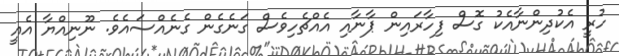
ހުރީ އެކުދިންނާއެކު ގޮސް ފިހާރައިން ޕާނާއި އެއްޗެހިވެސް ގަނެގެން ގެނެއްސައެވެ. ނޫނިއްޔާ އެއީ